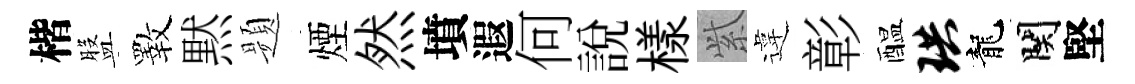
楷盤斁黙题煙然墳遐何説樣𬗋違彰醖珙龍関堅